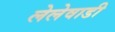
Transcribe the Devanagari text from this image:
लेलेवाडी